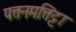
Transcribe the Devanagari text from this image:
पत्तनमत्तिट्टा